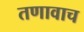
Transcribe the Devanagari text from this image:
तणावाच